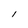
Character: I